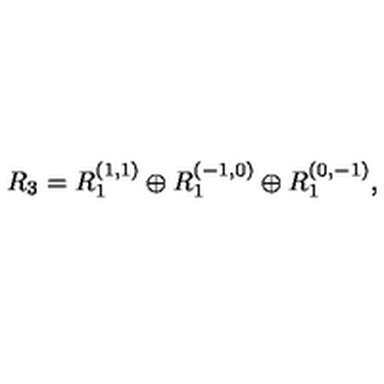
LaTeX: R _ { 3 } = R _ { 1 } ^ { ( 1 , 1 ) } \oplus R _ { 1 } ^ { ( - 1 , 0 ) } \oplus R _ { 1 } ^ { ( 0 , - 1 ) } ,